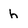
Character: h